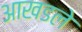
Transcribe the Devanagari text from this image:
आखडले